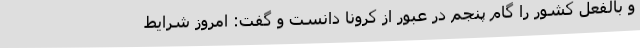
و بالفعل کشور را گام پنجم در عبور از کرونا دانست و گفت: امروز شرایط